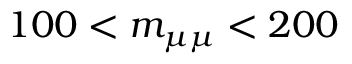
1 0 0 < \ensuremath { m _ { \mu \mu } } < 2 0 0